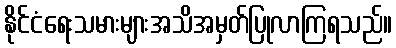
နိုင်ငံရေးသမားများအသိအမှတ်ပြုလာကြရသည်။